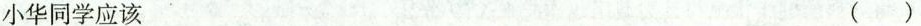
小华同学应该（）